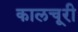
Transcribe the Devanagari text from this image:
कालचूरी